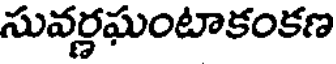
సువర్ధఘంటాకంకణ